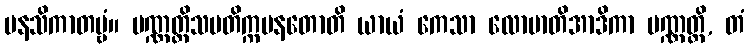
မနသိကာတဗ္ဗံ။ ပဏ္ဏတ္တိသမတိက္ကမနတောတိ ယာယံ ကေသာ လောမာတိအာဒိကာ ပဏ္ဏတ္တိ, တံ